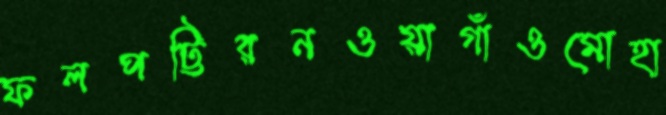
ফলপট্টিরনওয়াগাঁওমোহা